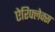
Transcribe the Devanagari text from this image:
ऐरिफ्लेक्स